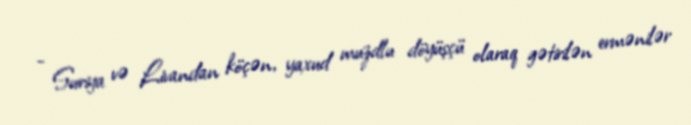
- Suriya və Livandan köçən, yaxud muzdlu döyüşçü olaraq gətirilən ermənilər